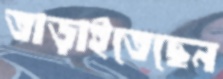
তাড়াইতেছেন